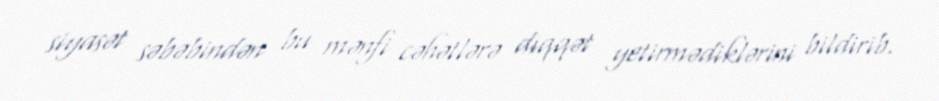
siyasət səbəbindən bu mənfi cəhətlərə diqqət yetirmədiklərini bildirib.